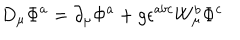
LaTeX: D _ { \mu } \Phi ^ { a } = \partial _ { \mu } \Phi ^ { a } + g \epsilon ^ { a b c } W _ { \mu } ^ { b } \Phi ^ { c }